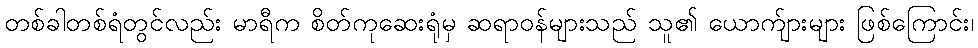
တစ်ခါတစ်ရံတွင်လည်း မာရီက စိတ်ကုဆေးရုံမှ ဆရာဝန်များသည် သူ၏ ယောက်ျားများ ဖြစ်ကြောင်း၊